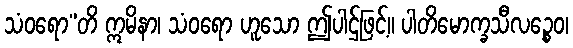
သံဝရော”တိ ဣမိနာ၊ သံဝရော ဟူသော ဤပါဌ်ဖြင့်။ ပါတိမောက္ခသီလဉ္စေဝ၊